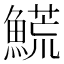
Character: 𩺊